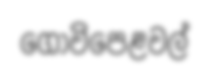
ගොවිපෙළවල්